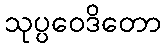
သုပ္ပဝေဒိတော